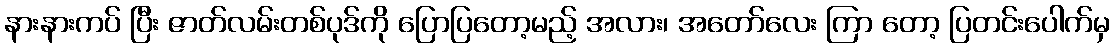
နားနားကပ် ပြီး ဇာတ်လမ်းတစ်ပုဒ်ကို ပြောပြတော့မည့် အလား၊ အတော်လေး ကြာ တော့ ပြတင်းပေါက်မှ